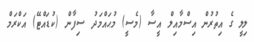
ލިލީ ގެ އިތުރުން އިސްމާއިލް އީސާ (މެސީ) މުޙައްމަދު ސިފާން (ކުޑައްޓޭ) އަކްރަމް